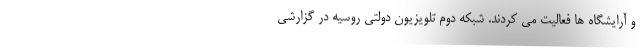
و آرایشگاه ها فعالیت می کردند. شبکه دوم تلویزیون دولتی روسیه در گزارشی